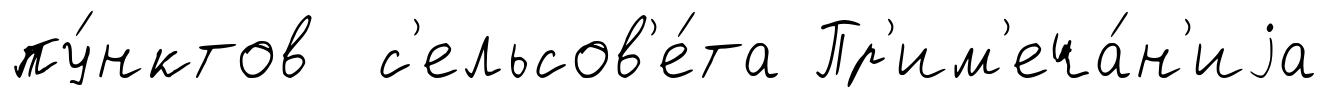
пу́нктов с'ельсов'е́та Пр'им'еча́н'иjа